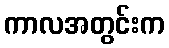
ကာလအတွင်းက